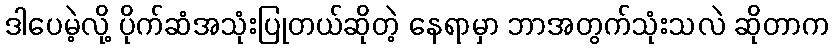
ဒါပေမဲ့လို့ ပိုက်ဆံအသုံးပြုတယ်ဆိုတဲ့ နေရာမှာ ဘာအတွက်သုံးသလဲ ဆိုတာက